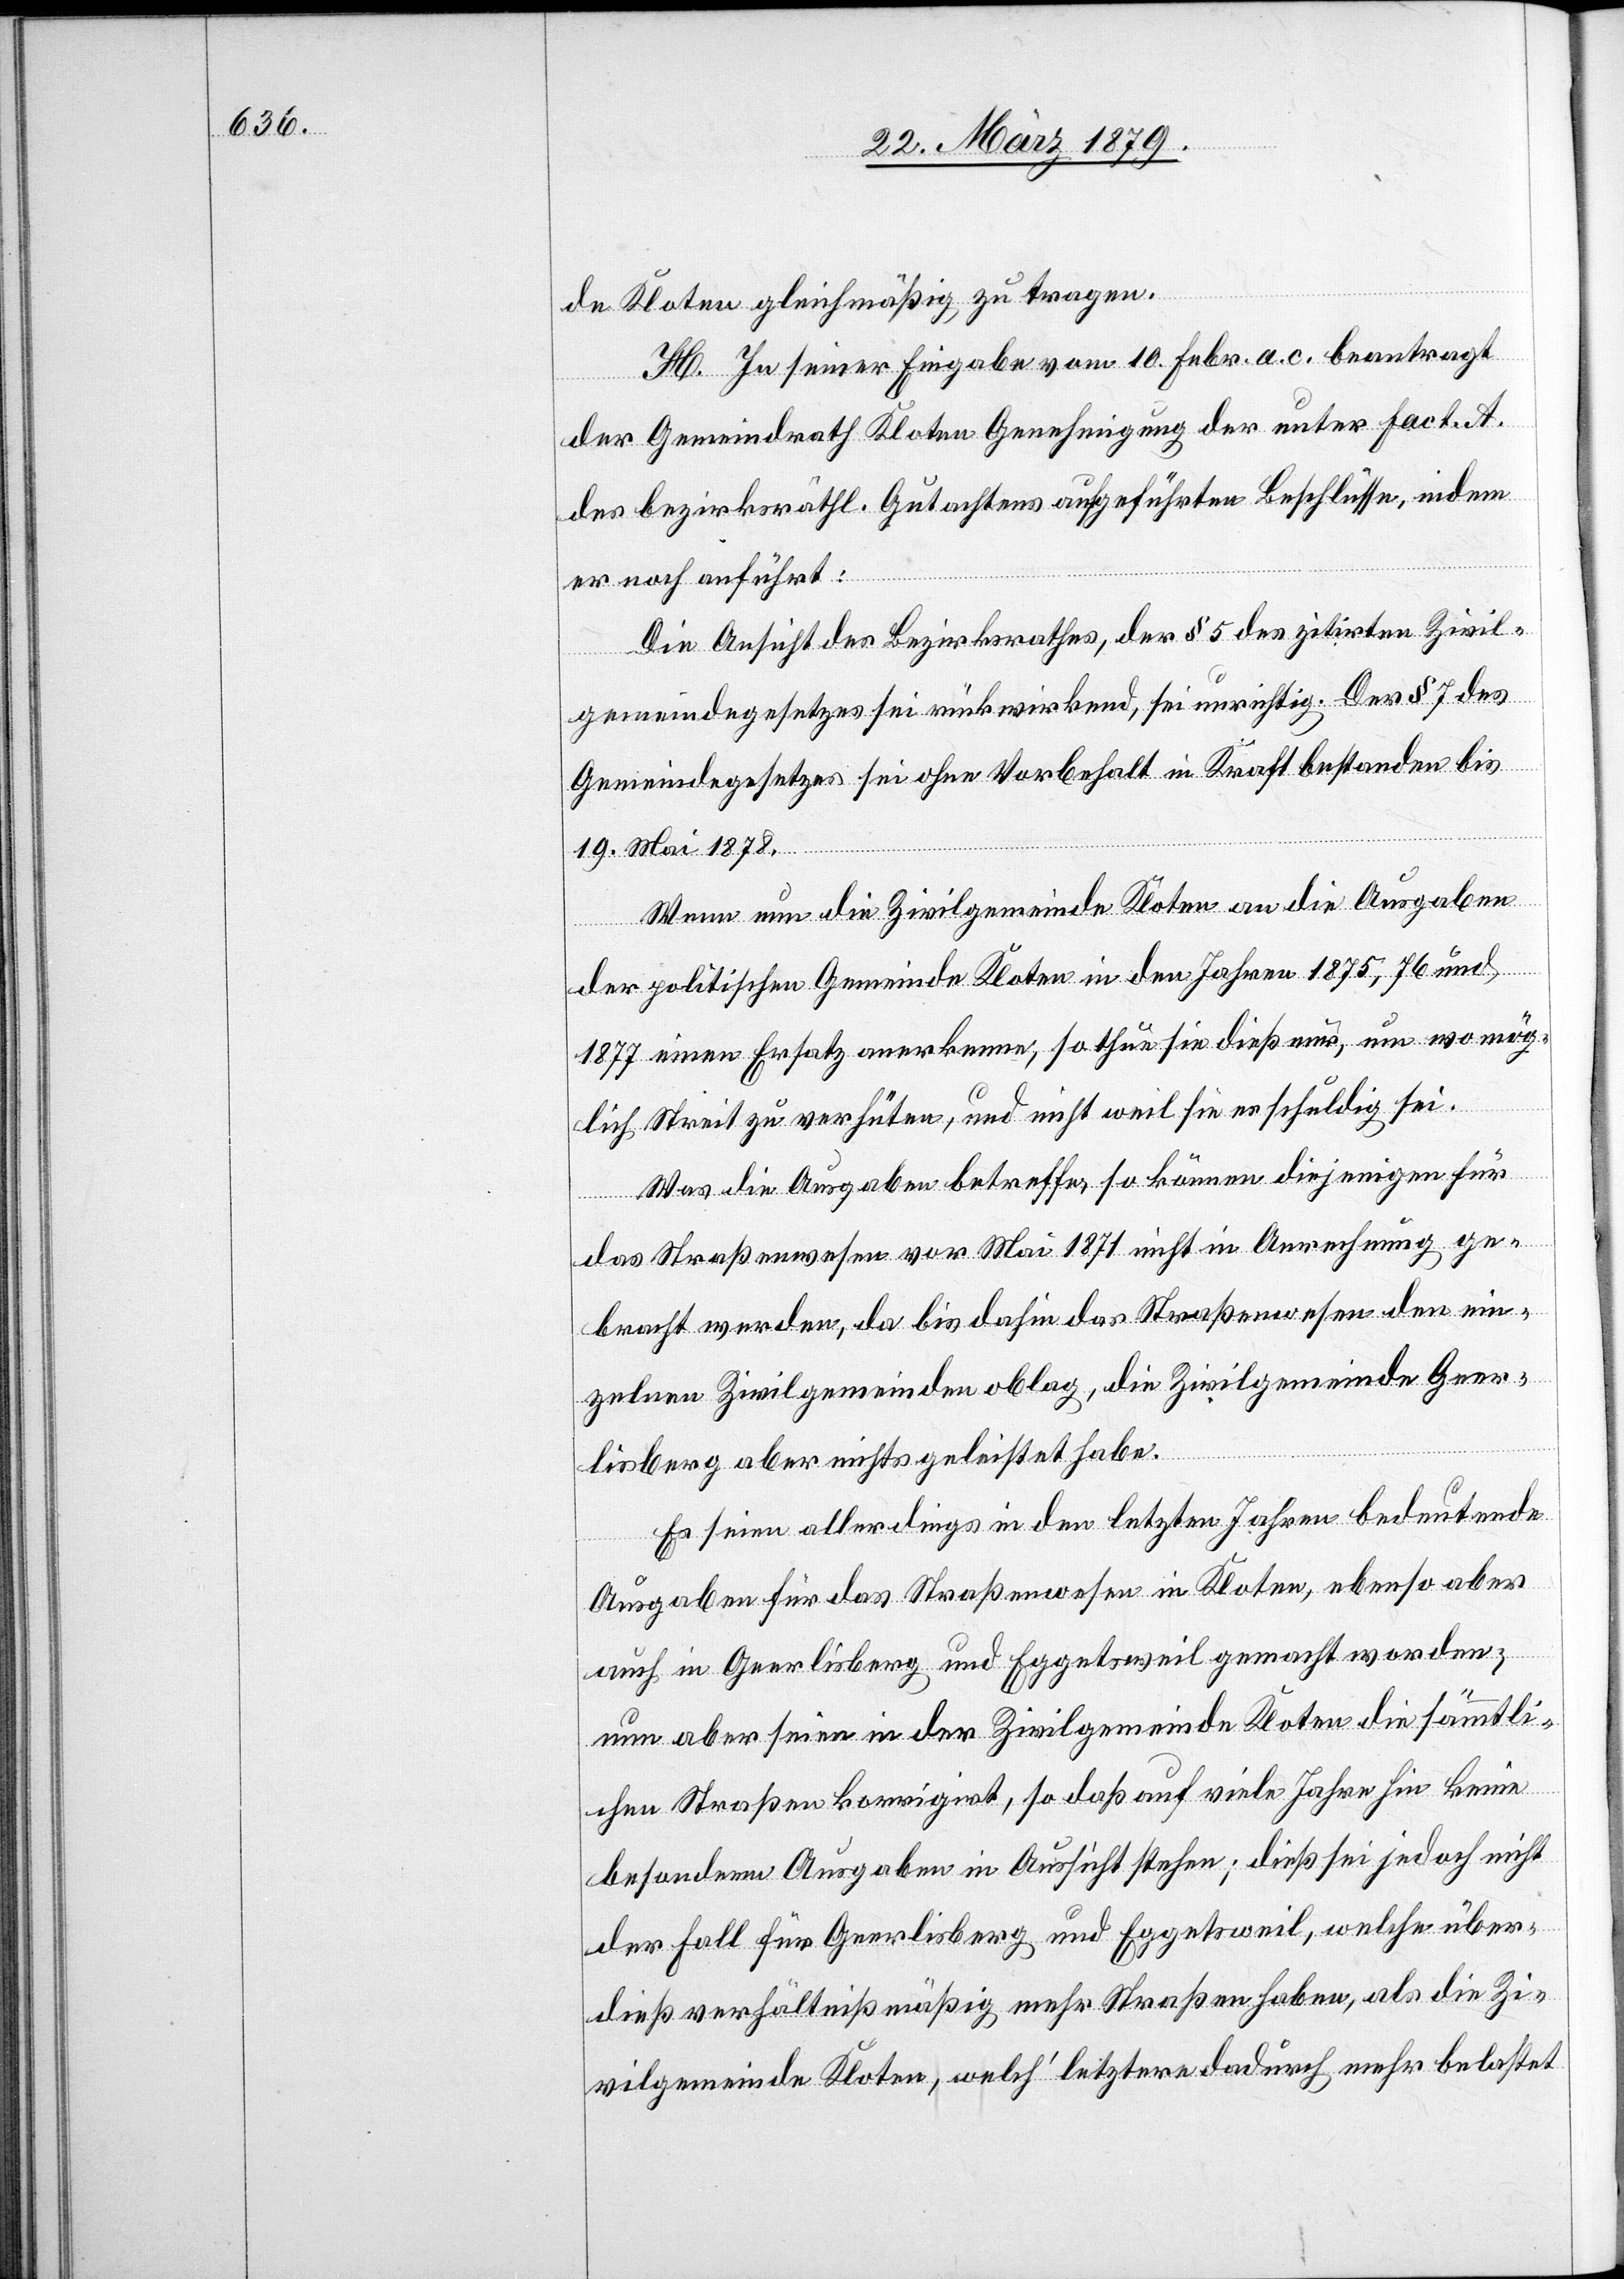
de Kloten gleichmäßig zu tragen.
H. In seiner Eingabe vom 10. Febr. a. c. beantragt
ein¬
der Gemeindrath Kloten Genehmigung der unter Fact. A.
des bezirksräthl. Gutachtens aufgeführten Beschlüsse, indem
er noch anführt:
Die Ansicht des Bezirksrathes, der § 5 des zitirten Zivil¬
gemeindegesetzes sei rückwirkend, sei unrichtig. Der § 7 des
Gemeindegesetzes sei ohne Vorbehalt in Kraft bestanden bis
den
19. Mai 1878.
Wenn nun die Zivilgemeinde Kloten an die Ausgaben
der politischen Gemeinde Kloten in den Jahren 1875, 76 und
1877 einen Ersatz anerkenne, so thue sie dieß nur, um wo mög¬
lich Streit zu verhüten, und nicht weil sie es schuldig sei.
Was die Ausgaben betreffe, so können diejenigen für
das Straßenwesen vor Mai 1871 nicht in Anrechnung ge¬
zelnen Zivilgemeinden oblag, die Zivilgemeinde Geer¬
lisberg aber nichts geleistet habe.
Es seien allerdings in den letzten Jahren bedeutende
Ausgaben für das Straßenwesen in Kloten, ebenso aber
auch in Geerlisberg und Eggetsweil gemacht worden;
nun aber seien in der Zivilgemeinde Kloten die sämmtli¬
chen Straßen korrigirt, so daß auf viele Jahre hin keine
besondern Ausgaben in Aussicht stehen; dieß sei jedoch nicht
der Fall für Geerlisberg und Eggetsweil, welche über¬
dieß verhältnißmäßig mehr Straßen haben, als die Zi¬
vilgemeinde Kloten, welch’ letztere dadurch mehr belastet